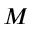
M